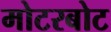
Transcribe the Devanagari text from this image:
मोटरबोट